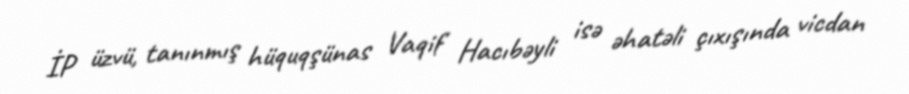
İP üzvü, tanınmış hüquqşünas Vaqif Hacıbəyli isə əhatəli çıxışında vicdan